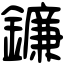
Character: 鐮